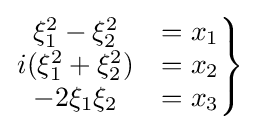
\left.{\begin{matrix}\xi _{1}^{2}-\xi _{2}^{2}&=x_{1}\\i(\xi _{1}^{2}+\xi _{2}^{2})&=x_{2}\\-2\xi _{1}\xi _{2}&=x_{3}\end{matrix}}\right\}